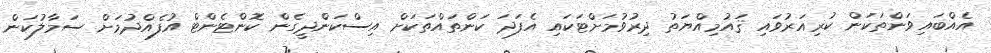
އެއްބައިވަންތަކަން ކުރިއަރުވައި ޤައުމިއްޔަތު ދިރުވުމަށްޓަކައި އެފަދަ ކަންތައްތަކަށް އިސްކަންދީގެން ކޮންޓެންޓް އުފެއްދުމަށް ސަމާލުކަން